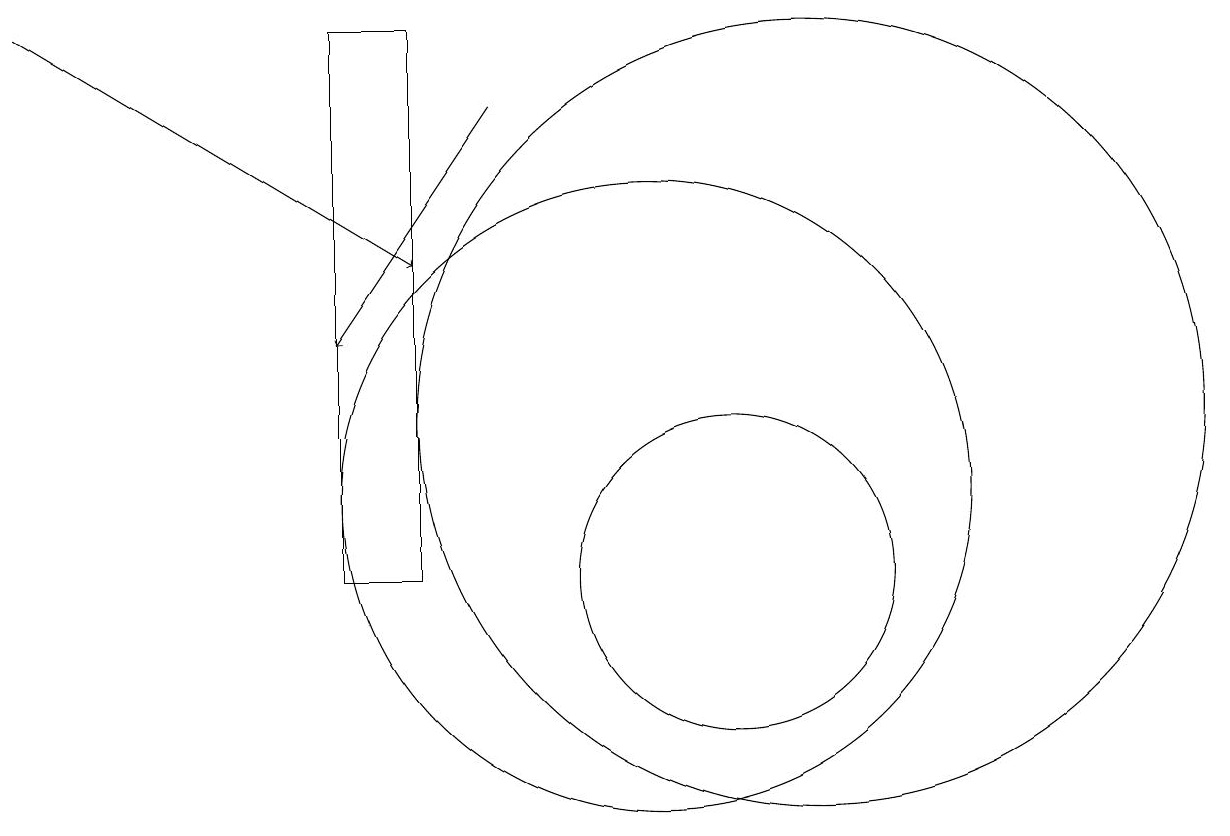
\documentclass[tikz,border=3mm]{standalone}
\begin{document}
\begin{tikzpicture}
\draw[->] (2,17) -- (7,14);
\draw (10,11) circle (4);
\draw (11,10) circle (2);
\draw[->] (8,16) -- (6,13);
\draw (7,10) rectangle (6,17);
\draw (12,12) circle (5);
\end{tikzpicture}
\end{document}